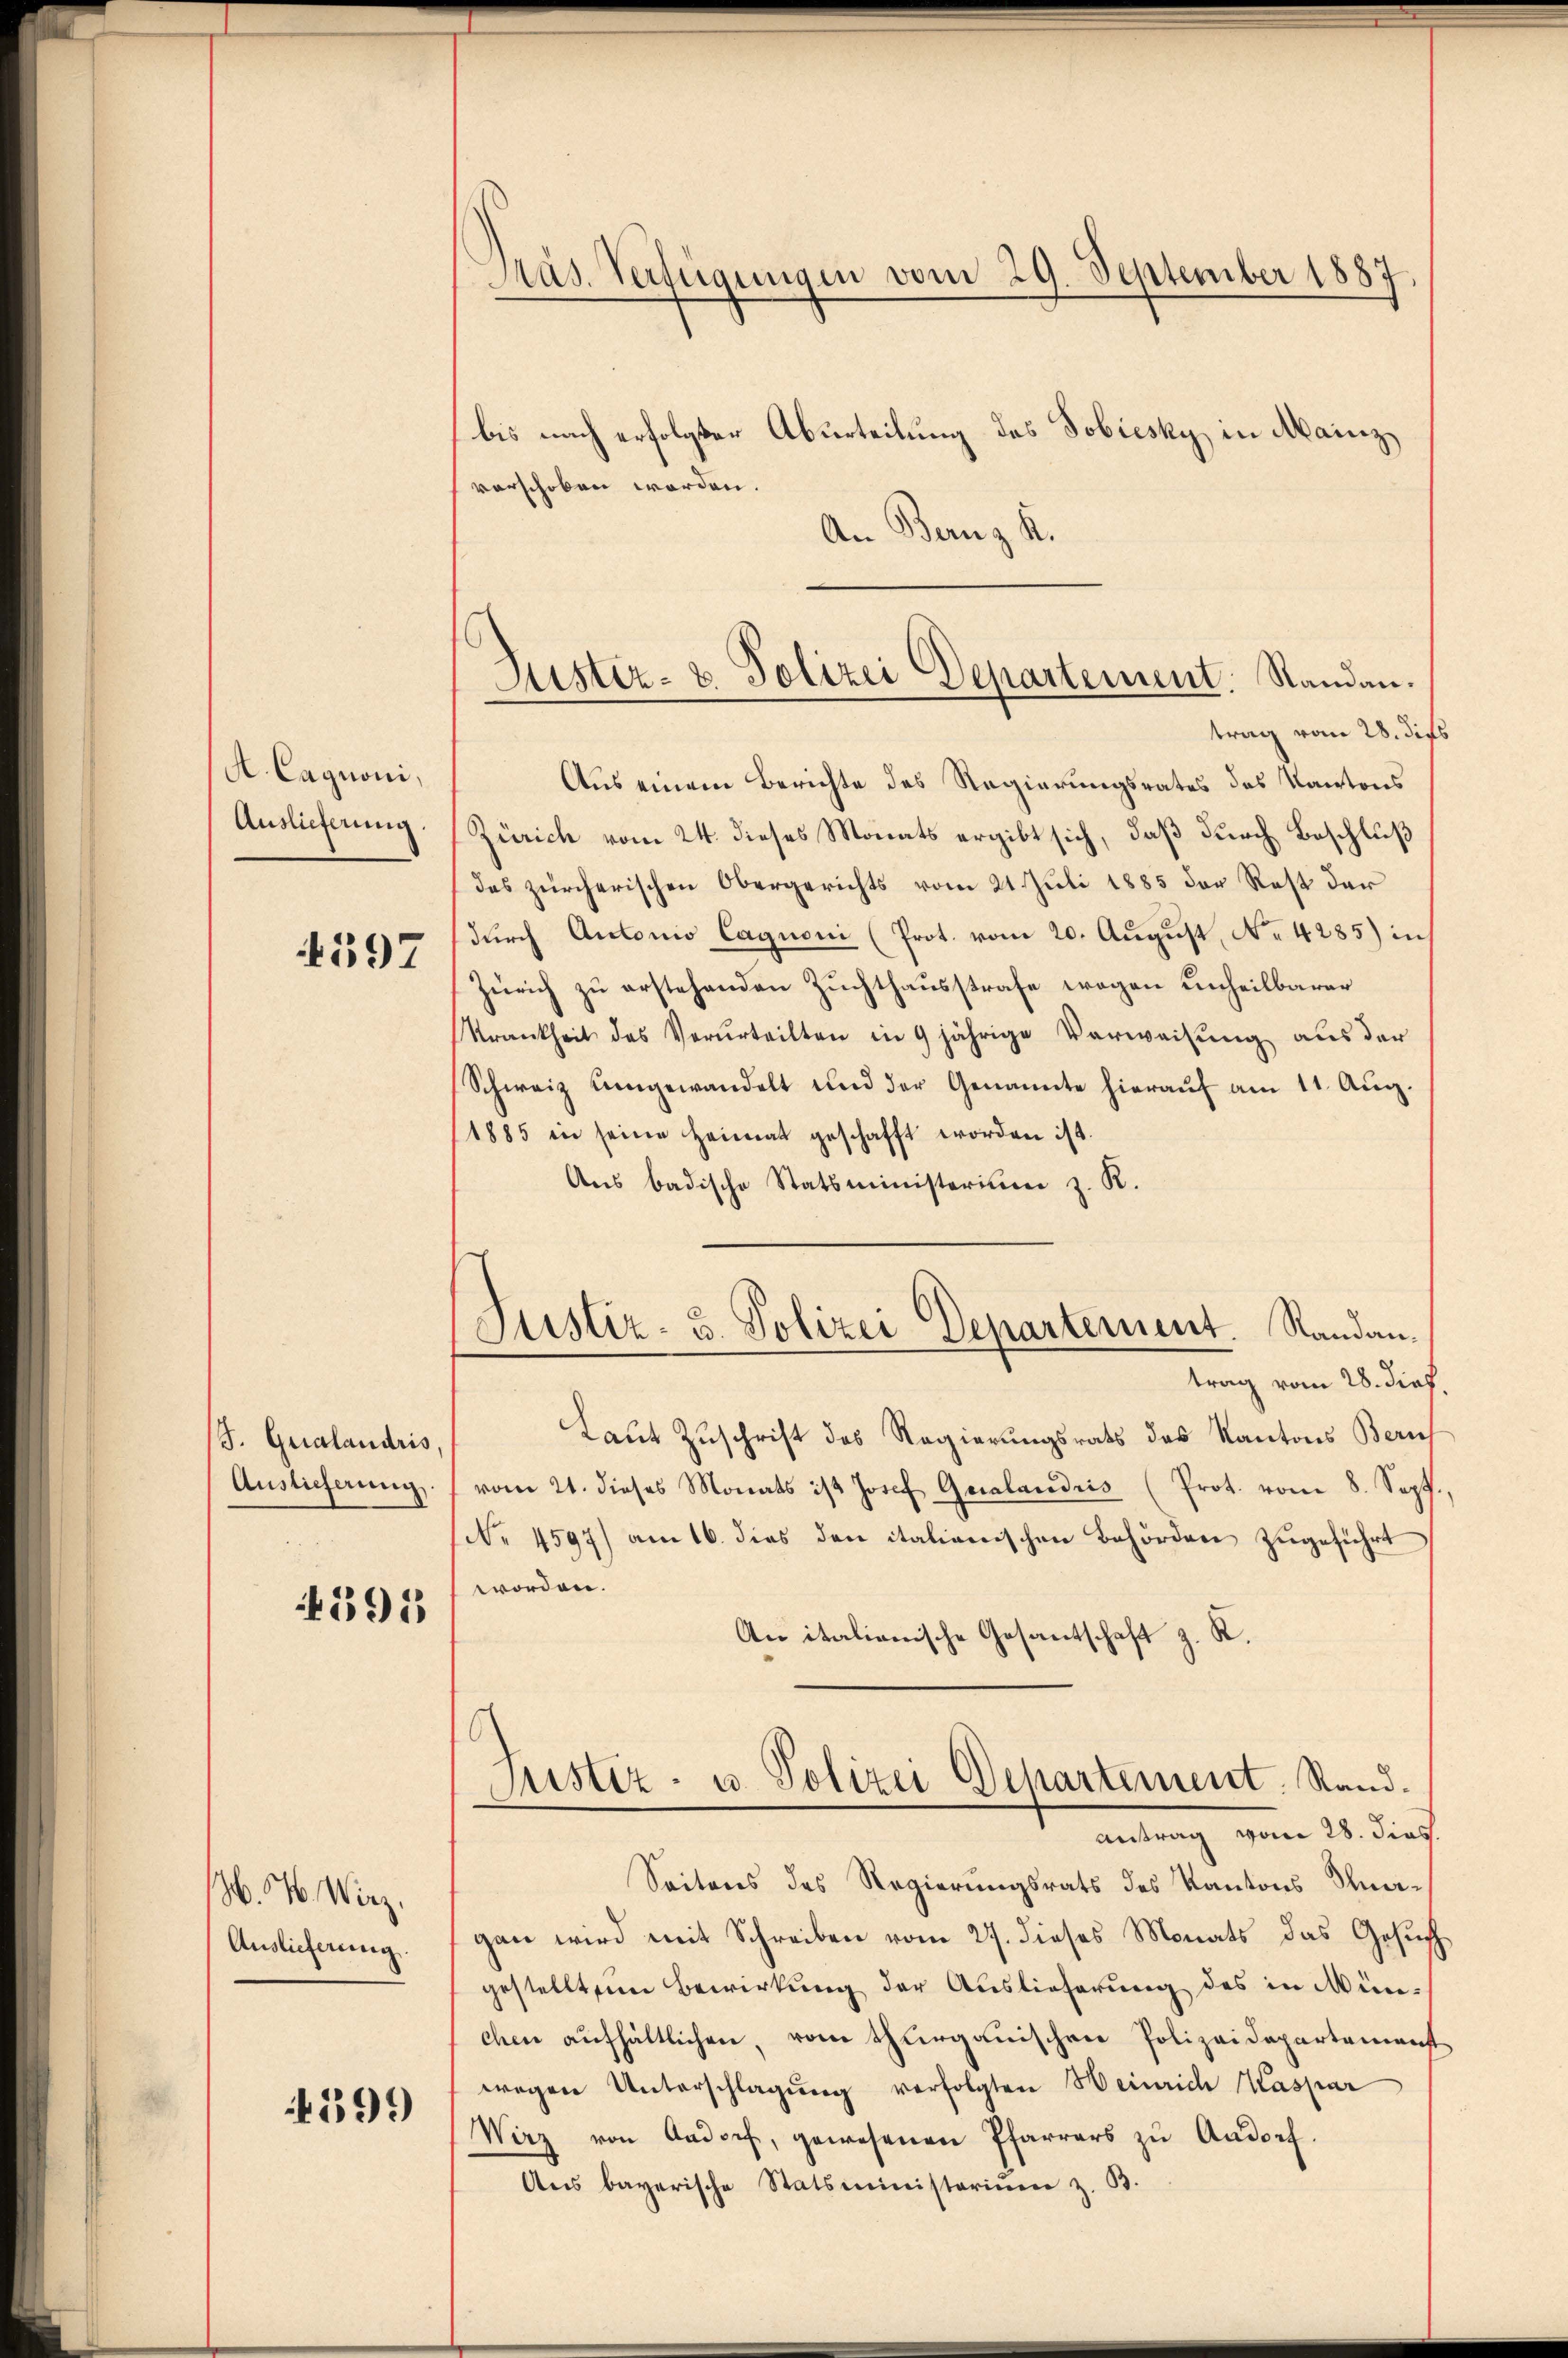
A. Cagnoni,
Auslieferung.

4597

J. Grialandris,
Auslieferung

595

M. 4. Wirz,
Auslieferung.

4599

Präs. Verfügungen vom 29. September 1887.

bis nach erfolgter Aburteilung des Tobiesky, in Mainz
vorschoben worden.
An Bernz. R.
trag vom 28. dies
Aus einem Berichte des Regierungsrates des Kantons
Zürich vom 24. dieses Monats ergibt sich, daß durch Beschluß
des zürcherischen Obergerichts vom 21. Juli 1885 der Rest der
durch Antonio Cagnoni (Prot. vom 20. August, No. 4285) in
Zürich zu erstehenden Zuchthausstrafe wegen unheilbarer
Krankheit des Verurteilten in 9 jährige Verweisung aus der
Schweiz umgewandelt und der Genannte hieraŭf am 11. Aŭg.
1885 in seine Heimat geschafft worden ist.
Aus badische Statsministerium z. R.
Justiz- u. Polizei Departement. Randantrag vom 28. dieß
Laut Zuschrift des Regierungsrats des Kantons Zürich
vom 21. dieses Monats ist Josef Geralandris (Prot. vom 8. Sept.
No. 4597) am 16. dies den italianischen Behörden zugeführt
worden.
An italienische Gesantschaft z. R.
mistiz- u. Polizei Departement. Rand.
antrag vom 21. dies
Seitens des Regierungsrats des Kantons Knagan wird mit Schreiben vom 27. dieses Monats das Gesuch
gestelltem Bewirkung der Auslieferung des in München aufhältlichen, vom thurgauischen Polizeidepartemenst
wegen Unterschlagung verfolgten Heinrich Kaspar
Wirz von Aadorf, gewesenen Pfarrers zu Aadorf.
Ans bayerische Statsministoriŭm z. B.

Justiz- & Polizei Departement. Standen.